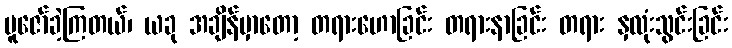
ပူဇော်ခဲ့ကြတယ်၊ ယခု အချိန်မှာတော့ တရားဟောခြင်း တရားနာခြင်း တရား နှလုံးသွင်းခြင်း